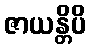
ဇာယန္တိပိ